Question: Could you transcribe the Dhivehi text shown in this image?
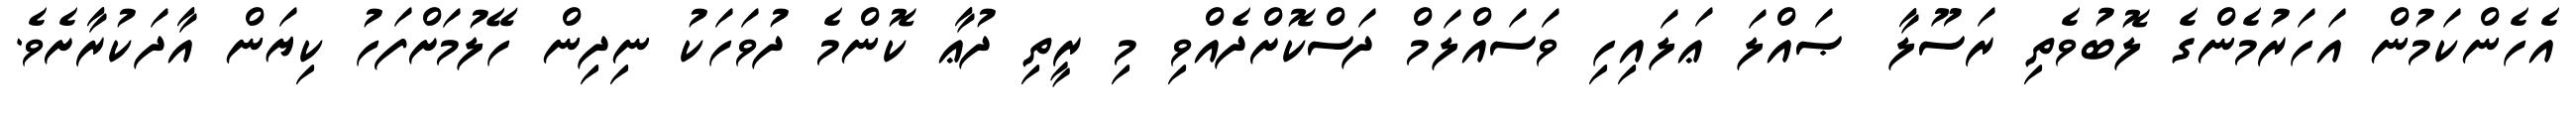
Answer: އެހެންކަމުން އަހަރުމެންގެ ލޮބުވެތި ރަސޫލާ ޞައްލަ ޢަލައިހި ވަސައްލަމް ދަސްކޮށްދެއްވި މި ރީތި ދުޢާ ކޮންމެ ދުވަހަކު ނިދިން ހޭލުމަށްފަހު ކިޔަން އާދަކުރާށެވެ.